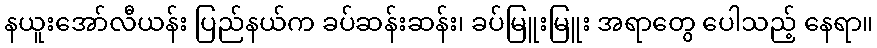
နယူးအော်လီယန်း ပြည်နယ်က ခပ်ဆန်းဆန်း၊ ခပ်မြူးမြူး အရာတွေ ပေါသည့် နေရာ။